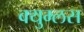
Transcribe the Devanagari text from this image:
क्युम्लस